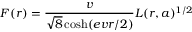
F ( r ) = \frac { v } { \sqrt 8 \cosh ( e v r / 2 ) } L ( r , a ) ^ { 1 / 2 }